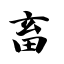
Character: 畜